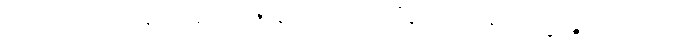
ကပ္ပိယပထဝိံ ဝိနယေနာတိ ဇာနာထ ပဋိသလ္လီနာ ဖုလ္လာနိ သက္ခရဉ္စ ဝိဝေကော